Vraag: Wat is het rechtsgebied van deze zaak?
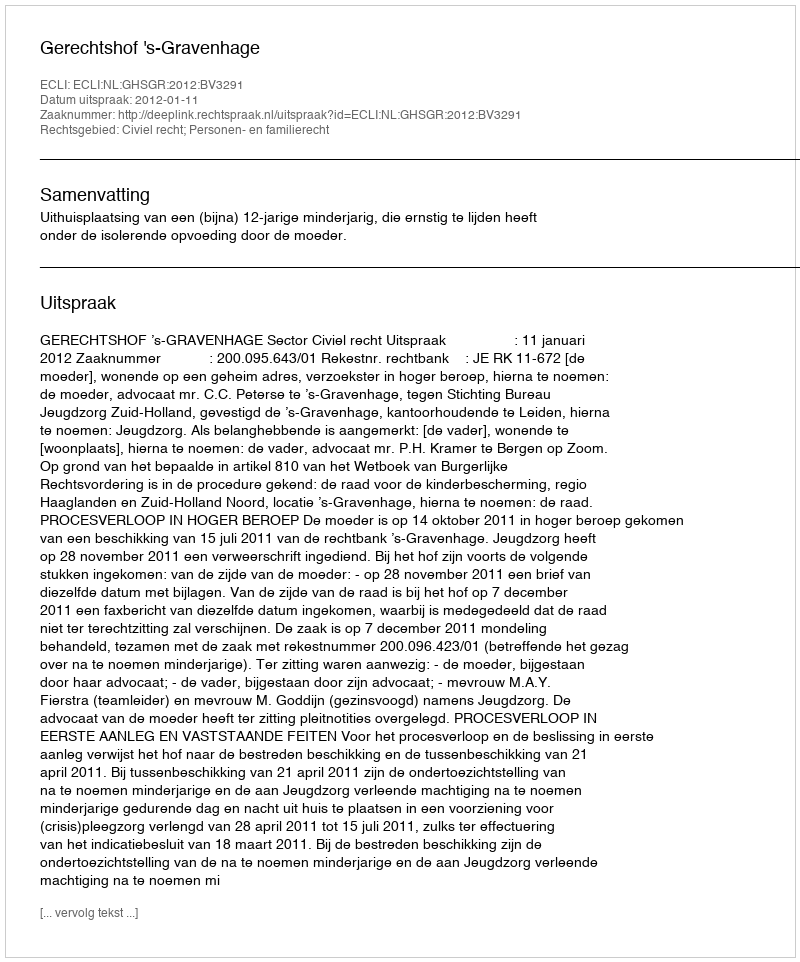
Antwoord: Civiel recht; Personen- en familierecht